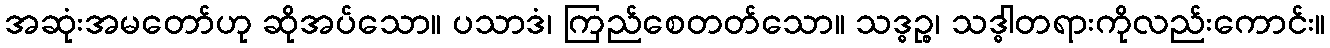
အဆုံးအမတော်ဟု ဆိုအပ်သော။ ပသာဒံ၊ ကြည်စေတတ်သော။ သဒ္ဓဉ္စ၊ သဒ္ဓါတရားကိုလည်းကောင်း။